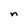
Character: n